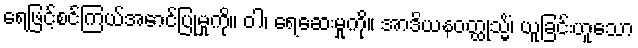
ရေဖြင့်စင်ကြယ်အောင်ပြုမှုကို။ ဝါ၊ ရေဆေးမှုကို။ အာဒိယနဝတ္ထုသ္မိံ၊ ယူခြင်းဟူသော